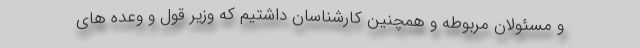
و مسئولان مربوطه و همچنین کارشناسان داشتیم که وزیر قول و وعده های